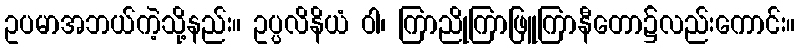
ဥပမာအဘယ်ကဲ့သို့နည်း။ ဥပ္ပလိနိယံ ဝါ၊ ကြာညိုကြာဖြူကြာနီတော၌လည်းကောင်း။